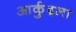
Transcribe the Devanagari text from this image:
आर्कुइला